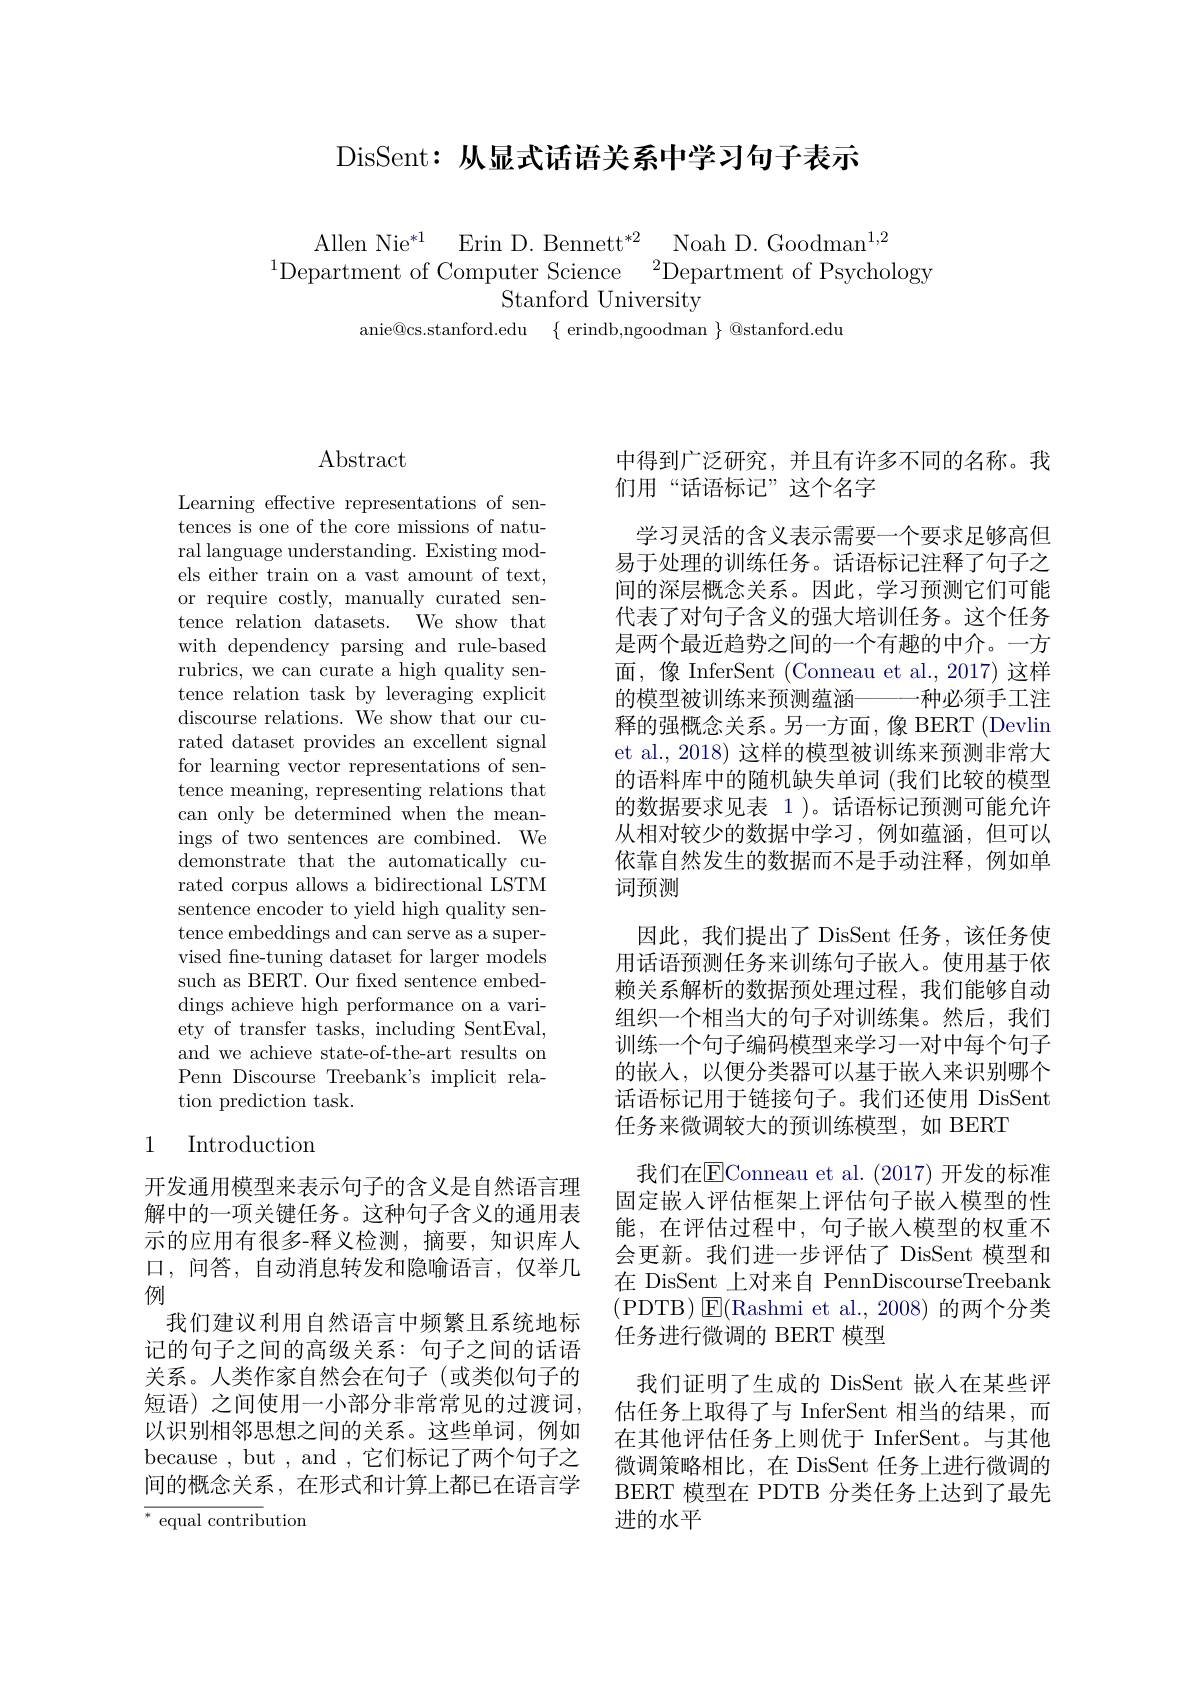
DisSent: 从显式话语关系中学习句子表示

$\begin{array}{c}\text{Allen Nie}^{*1}&\text{Erin D. Bennett}^{*2}&\text{Noah D. Goodman}^{1,2}\\^{1}\text{Department of Computer Science}&^{2}\text{Department of Psychology}\end{array}$
Stanford University
anie@cs.stanford.edu $\{$ erindb,ngoodman $\}$ @stanford.edu

## $\operatorname{Abstract}$

Learning effective representations of sentences is one of the core missions of natural language understanding. Existing models either train on a vast amount of text, or require costly, manually curated sentence relation datasets. We show that with dependency parsing and rule-based rubrics, we can curate a high quality sentence relation task by leveraging explicit discourse relations. We show that our curated dataset provides an excellent signal for learning vector representations of sentence meaning, representing relations that can only be determined when the meanings of two sentences are combined. We demonstrate that the automatically curated corpus allows a bidirectional LSTM sentence encoder to yield high quality sentence embeddings and can serve as a supervised fne-tuning dataset for larger models such as BERT. Our fxed sentence embeddings achieve high performance on a variety of transfer tasks, including SentEval, and we achieve state-of-the-art results on Penn Discourse Treebank's implicit relation prediction task.

## 1 Introduction

开发通用模型来表示句子的含义是自然语言理解中的一项关键任务。这种句子含义的通用表示的应用有很多-释义检测，摘要，知识库人口，问答，自动消息转发和隐喻语言，仅举几例
我们建议利用自然语言中频繁且系统地标记的句子之间的高级关系：句子之间的话语关系。人类作家自然会在句子(或类似句子的短语) 之间使用一小部分非常常见的过渡词， 以识别相邻思想之间的关系。这些单词，例如because , but , and ,它们标记了两个句子之间的概念关系，在形式和计算上都已在语言学${\overline{^*{\text{ equal contrib}}}}$ution

中得到广泛研究，并且有许多不同的名称。我
们用“话语标记”这个名字
学习灵活的含义表示需要一个要求足够高但易于处理的训练任务。话语标记注释了句子之间的深层概念关系。因此，学习预测它们可能代表了对句子含义的强大培训任务。这个任务是两个最近趋势之间的一个有趣的中介。一方面，像 InferSent (Conneau et al.,2017) 这样的模型被训练来预测蕴涵———种必须手工注释的强概念关系。另一方面，像 BERT (Devlin et al., 2018) 这样的模型被训练来预测非常大的语料库中的随机缺失单词 (我们比较的模型的数据要求见表 1 )。话语标记预测可能允许从相对较少的数据中学习，例如蕴涵，但可以依靠自然发生的数据而不是手动注释，例如单词预测
因此，我们提出了 DisSent 任务，该任务使用话语预测任务来训练句子嵌入。使用基于依赖关系解析的数据预处理过程，我们能够自动组织一个相当大的句子对训练集。然后，我们训练一个句子编码模型来学习一对中每个句子的嵌入，以便分类器可以基于嵌人来识别哪个话语标记用于链接句子。我们还使用 DisSent 任务来微调较大的预训练模型，如 BERT
我们在$\overline{\mathrm{E}}$Conneau et al.(2017)开发的标准固定嵌人评估框架上评估句子嵌入模型的性能，在评估过程中，句子嵌人模型的权重不会更新。我们进一步评估了 DisSent 模型和在 DisSent 上对来自 PennDiscourseTreebank 任务进行微调的 BERT 模型
我们证明了生成的 DisSent 嵌入在某些评估任务上取得了与 InferSent 相当的结果，而在其他评估任务上则优于 InferSent。与其他微调策略相比，在 DisSent 任务上进行微调的BERT 模型在 PDTB 分类任务上达到了最先进的水平